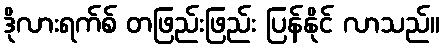
ဒိုလားရက်စ် တဖြည်းဖြည်း ပြန်နိုင် လာသည်။